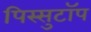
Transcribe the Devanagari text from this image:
पिस्सुटॉप